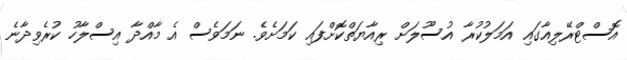
އޮސްޓްރޭލިއާގައި އަމަލުކުރާ އުސޫލަށް ރިއާޔަތްކޮށްފައި ކަމަށެވެ. ނަމަަވެސް އެ މާއްދާ އިސްލާހު ކުރެވިދާނެ